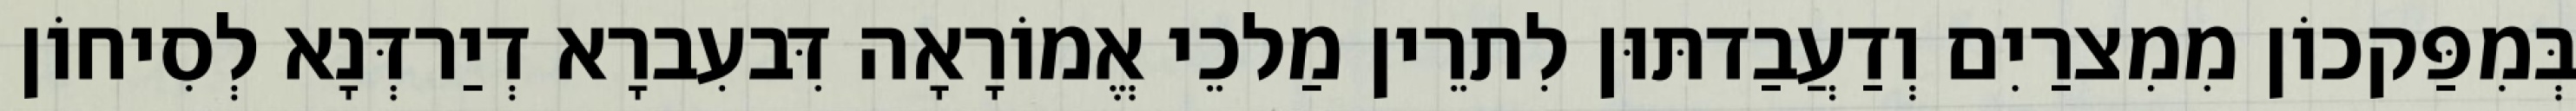
בְּמִפַּקכוֹן מִמִצרַיִם וְדַעֲבַדתּוּן לִתרֵין מַלכֵי אֱמוֹרָאָה דִּבעִברָא דְיַרדְּנָא לְסִיחוֹן